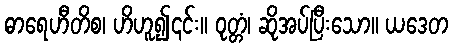
ဓာရေဟီတိစ၊ ဟိဟူ၍၎င်း။ ဝုတ္တံ၊ ဆိုအပ်ပြီးသော။ ယဒေတ